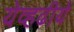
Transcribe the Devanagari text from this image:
येव्हढीये